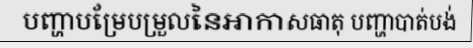
បញ្ហាបម្រែបម្រួលនៃអាកាសធាតុ បញ្ហាបាត់បង់